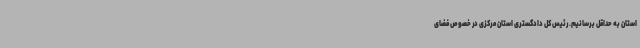
استان به حداقل برسانیم. رئیس کل دادگستری استان مرکزی در خصوص فضای